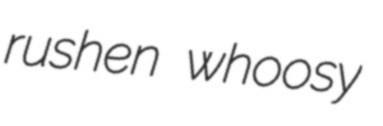
rushen whoosy